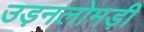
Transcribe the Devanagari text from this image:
उड़नलोमड़ी